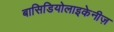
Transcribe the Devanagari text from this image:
बासिडियोलाइकेनीज़